Indian journal of veterinary science and animal husbandry - Volumes 22-23, 1952-1953
Year: 1952
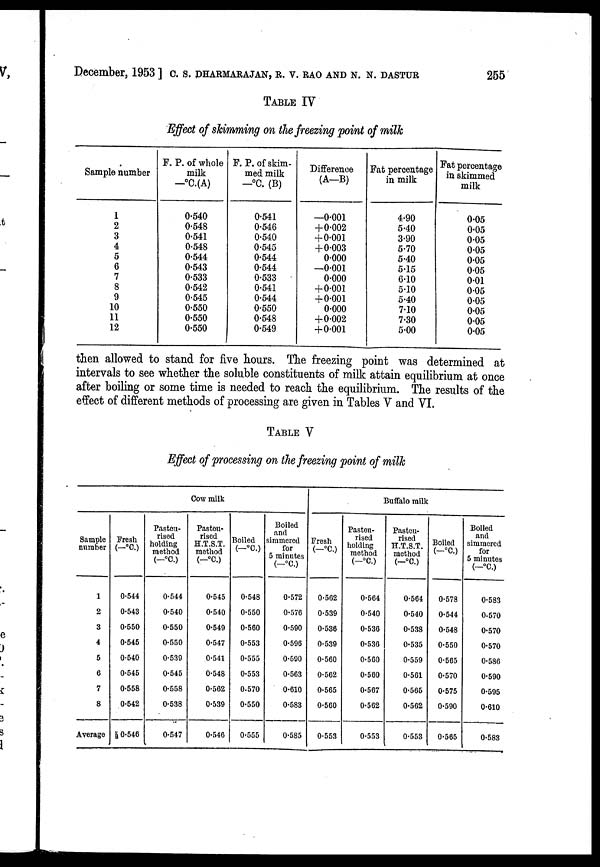
December, 1953 ] C. S. DHARMARAJAN, R. V. RAO AND N. N. DASTUR 255
TABLE IV
Effect of skimming on the freezing point of milk
Sample number
1
2
3
4
5
6
7
8
9
10
11
12
F. P. of whole
milk
—°C.(A)
0.540
0.548
0.541
0.548
0.544
0.543
0.533
0.542
0.545
0.550
0.550
0.550
F. P. of skim-
med milk
—°C. (B)
0.541
0.546
0.540
0.545
0.544
0.544
0.533
0.541
0.544
0.550
0.548
0.549
Difference
(A—B)
—0.001
+0.002
+0.001
+0.003
0.000
—0.001
0.000
+0.001
+0.001
0.000
+0.002
+0.001
Fat percentage
in milk
4.90
5.40
3.90
5.70
5.40
5.15
6.10
5.10
5.40
7.10
7.30
5.00
Fat percentage
in skimmed
milk
0.05
0.05
0.05
0.05
0.05
0.05
0.01
0.05
0.05
0.05
0.05
0.05
then allowed to stand for five hours. The freezing point was determined at
intervals to see whether the soluble constituents of milk attain equilibrium at once
after boiling or some time is needed to reach the equilibrium. The results of the
effect of different methods of processing are given in Tables V and VI.
TABLE V
Effect of processing on the freezing point of milk
Sample
number
1
2
3
4
5
6
7
8
Average
Cow milk
Fresh
(—°C.)
0.544
0.543
0.550
0.545
0.540
0.545
0.558
0.542
0.546
Pasteu-
rised
holding
method
(—°C. )
0.544
0.540
0.550
0.550
0.539
0.545
0.558
0.538
0.547
Pasteu-
rised
H.T.S.T.
method
(—°C.)
0.545
0.540
0.549
0.547
0.541
0.548
0.562
0.539
0.546
Boiled
(—°C.)
0.548
0.550
0.560
0.553
0.555
0.553
0.570
0.550
0.555
Boiled
and
simmered
for
5 minutes
(—°C.)
0.572
0.576
0.590
0.596
0.590
0.563
0.610
0.583
0.585
Fresh
(—°C.)
0.562
0.539
0.536
0.539
0.560
0.562
0.565
0.560
0.553
Buffalo milk
Pasteu-
rised
holding
method
(—°C.)
0.564
0.540
0.536
0.536
0.560
0.560
0.567
0.562
0.553
Pasteu-
rised
H.T.S.T.
method
(—°C.)
0.564
0.540
0.538
0.535
0.559
0.561
0.565
0.562
0.563
Boiled
(—°C.)
0.578
0.544
0.548
0.550
0.565
0.570
0.575
0.590
0.565
Boiled
and
simmered
for
5 minutes
(—°C.)
0.583
0.570
0.570
0.570
0.586
0.590
0.595
0.610
0.583